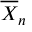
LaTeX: { \overline { { X } } } _ { n }